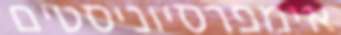
אימפרסיוניסטים